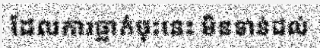
ដែលការធ្លាក់ចុះនេះ មិនទាន់ដល់